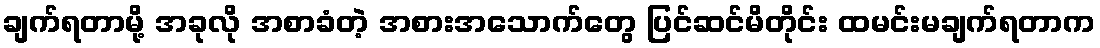
ချက်ရတာမို့ အခုလို အစာခံတဲ့ အစားအသောက်တွေ ပြင်ဆင်မိတိုင်း ထမင်းမချက်ရတာက